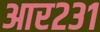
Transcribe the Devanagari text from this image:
आर२३१